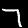
Label: 7